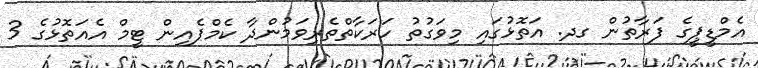
އެމްޑީޕީގެ ފަރާތުން ގދ. އަތޮޅުގައި މިވަގުތު ހަރަކާތްތެރިވަމުންދާ ކެމްޕެއިން ޓީމް އެއަތޮޅުގެ 3